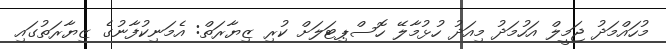
މުހައްމަދު ޖަމީލް އަހުމަދު މިއަދު ހުޅުމާލޭ ހޮސްޕިޓަލަށް ކުރި ޒިޔާރަތް: އެމަނިކުފާނުގެ ޒިޔާރަތުގައި